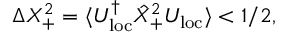
\Delta X _ { + } ^ { 2 } = \langle U _ { \mathrm { l o c } } ^ { \dagger } \hat { X } _ { + } ^ { 2 } U _ { \mathrm { l o c } } \rangle < 1 / 2 ,